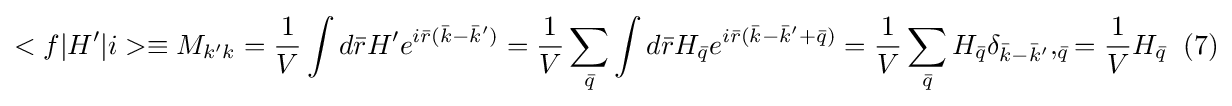
<f|H'|i>\equiv M_{k'k}={\frac {1}{V}}\int d{\bar {r}}H'e^{i{\bar {r}}({\bar {k}}-{\bar {k}}')}={\frac {1}{V}}\sum _{\bar {q}}\int d{\bar {r}}H_{\bar {q}}e^{i{\bar {r}}({\bar {k}}-{\bar {k}}'+{\bar {q}})}={\frac {1}{V}}\sum _{\bar {q}}H_{\bar {q}}\delta _{{\bar {k}}-{\bar {k}}'},_{\bar {q}}={\frac {1}{V}}H_{\bar {q}}\;\;(7)